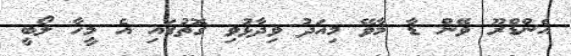
އެންޑްރޫ ވޭން ޑާ މާވޭ މިއަދު ވިދާޅުވި ގޮތުގައި އެ މީހާ ލޯބީ